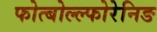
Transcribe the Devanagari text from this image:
फोत्बोल्ल्फोरेनिङ